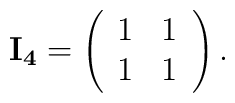
{\bf I_{4}}=\left(\begin{array}{ll}       1 & 1 \\       1 & 1\end{array}\right).